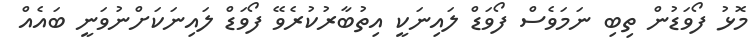
މޮޅު ފޯވަޑުން ތިބި ނަމަވެސް ފޯވަޑް ލައިނަކީ އިތުބާރުކުރެވޭ ފޯވަޑް ލައިނަކަށްނުވަނީ ބައެއް